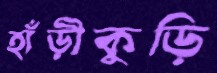
হাঁড়ীকুড়ি